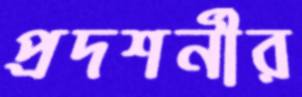
প্রদশর্নীর